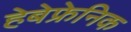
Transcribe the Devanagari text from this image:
हेबेफ्रेनिक